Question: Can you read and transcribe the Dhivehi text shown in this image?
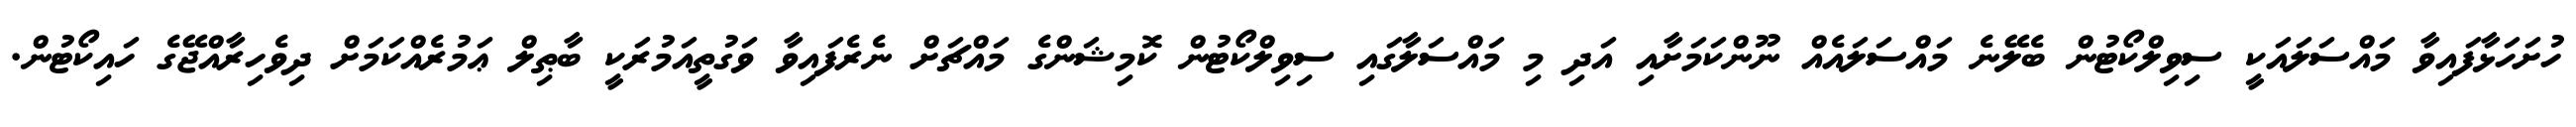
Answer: ހުށަހަޅާފައިވާ މައްސަލައަކީ ސިވިލްކޯޓުން ބެލޭނެ މައްސަލައެއް ނޫންކަމަށާއި އަދި މި މައްސަލާގައި ސިވިލްކޯޓުން ކޮމިޝަންގެ މައްޗަށް ނެރެފައިވާ ވަގުތީއަމުރަކީ ބާޠިލް ޢަމުރެއްކަމަށް ދިވެހިރާއްޖޭގެ ހައިކޯޓުން.